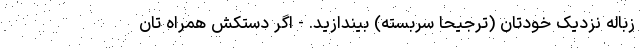
زباله نزدیک خودتان (ترجیحا سربسته) بیندازید. - اگر دستکش همراه تان